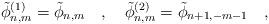
LaTeX: \begin{align*}\tilde{\phi}_{n,m}^{(1)}=\tilde{\phi}_{n,m}~~~,~~~\tilde{\phi}_{n,m}^{(2)}=\tilde{\phi}_{n+1,-m-1}~~~,\end{align*}